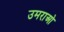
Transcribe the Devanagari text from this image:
उमराओ